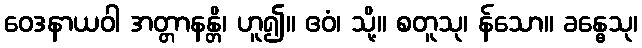
ဝေဒနာယဝါ အတ္တာနန္တိ၊ ဟူ၍။ ဧဝံ၊ သို့။ စတူသု၊ န်သော။ ခန္ဓေသု၊